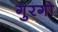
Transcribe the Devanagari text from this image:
गुरगो